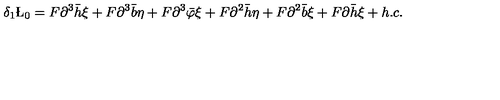
\delta _ { 1 } \L _ { 0 } = F \partial ^ { 3 } \bar { h } \xi + F \partial ^ { 3 } \bar { b } \eta + F \partial ^ { 3 } \bar { \varphi } \xi + F \partial ^ { 2 } \bar { h } \eta + F \partial ^ { 2 } \bar { b } \xi + F \partial \bar { h } \xi + h . c .